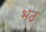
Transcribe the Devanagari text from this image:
भठ